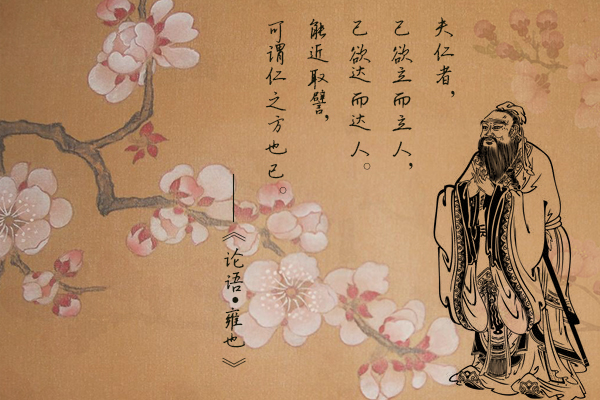
能近取譬，可谓仁之方也已。